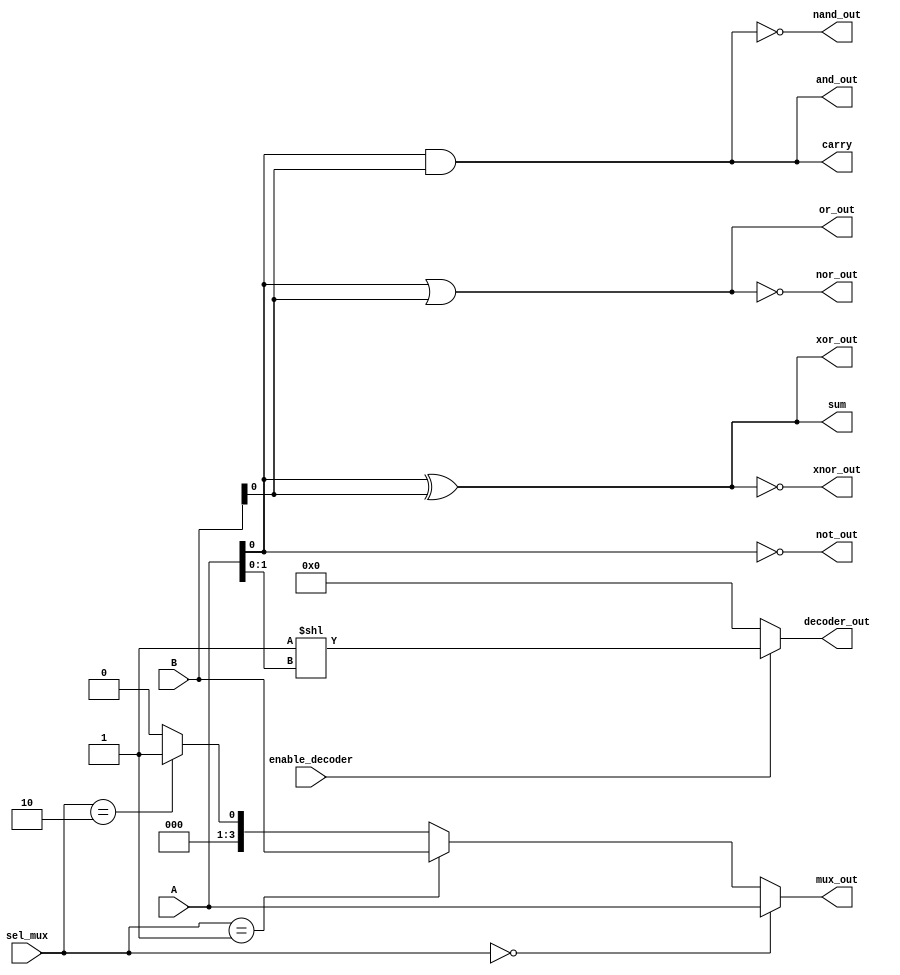
module combinational_logic_blocks (
    input wire [3:0] A,       // 4-bit input for various functions
    input wire [3:0] B,       // 4-bit input for various functions
    input wire [1:0] sel_mux,  // 2-bit selector for MUX
    input wire enable_decoder,  // Enable signal for decoder
    output wire and_out,       // AND output
    output wire or_out,        // OR output
    output wire not_out,       // NOT output
    output wire nand_out,      // NAND output
    output wire nor_out,       // NOR output
    output wire xor_out,       // XOR output
    output wire xnor_out,      // XNOR output
    output wire [3:0] mux_out,  // 4-bit output for MUX
    output wire [3:0] decoder_out, // 4-bit output for 2-to-4 decoder
    output wire sum,           // Sum output for half adder
    output wire carry          // Carry output for half adder
);

// Logic Functions
assign and_out = A[0] & B[0];
assign or_out  = A[0] | B[0];
assign not_out = ~A[0];
assign nand_out = ~(A[0] & B[0]);
assign nor_out = ~(A[0] | B[0]);
assign xor_out = A[0] ^ B[0];
assign xnor_out = ~(A[0] ^ B[0]);

// 2-to-4 Decoder
assign decoder_out = enable_decoder ? (1 << A[1:0]) : 4'b0000;

// 4-to-1 Multiplexer
assign mux_out = (sel_mux == 2'b00) ? A :
                 (sel_mux == 2'b01) ? B :
                 (sel_mux == 2'b10) ? {3'b000, 1'b1} : // Example: always output 1
                 4'b0000; // Default case

// Half Adder
assign sum = A[0] ^ B[0];
assign carry = A[0] & B[0];

endmodule